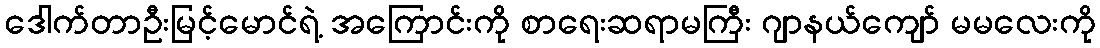
ဒေါက်တာဦးမြင့်မောင်ရဲ့ အကြောင်းကို စာရေးဆရာမကြီး ဂျာနယ်ကျော် မမလေးကို